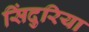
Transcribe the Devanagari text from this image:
सिंदुरिया